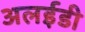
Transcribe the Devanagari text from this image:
अलईडी